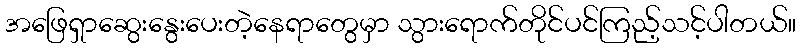
အဖြေရှာဆွေးနွေးပေးတဲ့နေရာတွေမှာ သွားရောက်တိုင်ပင်ကြည့်သင့်ပါတယ်။